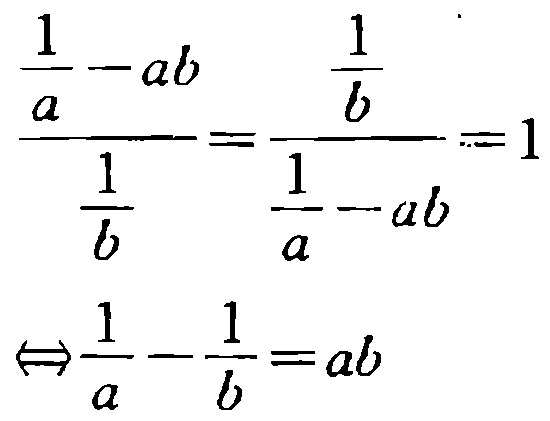
\[\frac{\frac{1}{a}-ab}{\frac{1}{b}}=\frac{\frac{1}{b}}{\frac{1}{a}-ab}=1\]

\[\Leftrightarrow\frac{1}{a}-\frac{1}{b}=ab\]